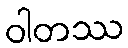
ဝါတဿ